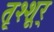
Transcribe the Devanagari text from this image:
तृश्शूर्